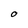
Character: O